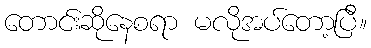
တောင်းဆိုနေစရာ မလိုအပ်တော့ပြီ။